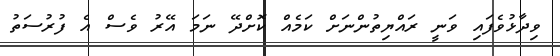
ވިދާޅުވެފައި ވަނީ ރައްޔިތުންނަށް ކަމެއް ކޮށްދޭ ނަމަ އޭރު ވެސް އެ ފުރުސަތު